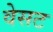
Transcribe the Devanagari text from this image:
वेसट